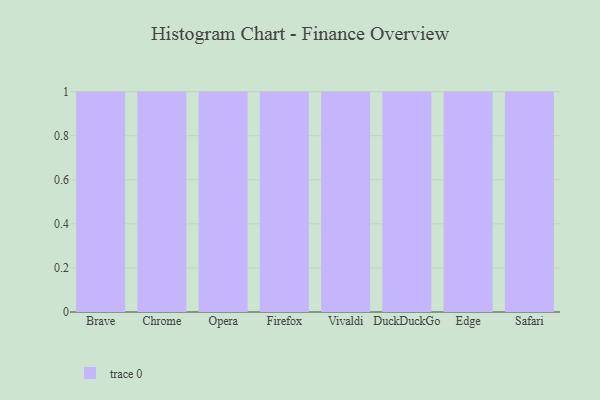
{"axis": {"x": "Browser", "y": "Conversion Rate (%)"}, "legend": [""], "data": [{"x": "Brave", "y": 50, "type": ""}, {"x": "Chrome", "y": 62, "type": ""}, {"x": "Opera", "y": 22, "type": ""}, {"x": "Firefox", "y": 20, "type": ""}, {"x": "Vivaldi", "y": 82, "type": ""}, {"x": "DuckDuckGo", "y": 40, "type": ""}, {"x": "Edge", "y": 98, "type": ""}, {"x": "Safari", "y": 5, "type": ""}]}